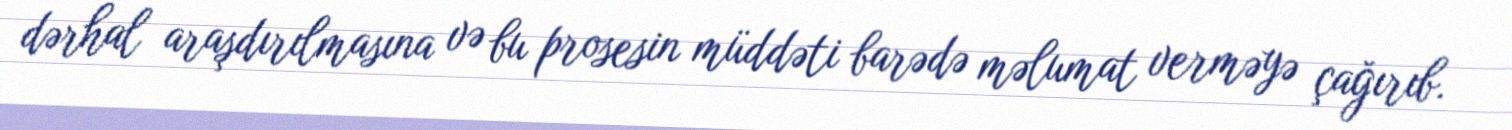
dərhal araşdırılmasına və bu prosesin müddəti barədə məlumat verməyə çağırıb.